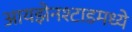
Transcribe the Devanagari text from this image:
आयझेनश्टाडमध्ये